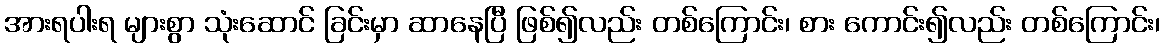
အားရပါးရ များစွာ သုံးဆောင် ခြင်းမှာ ဆာနေပြီ ဖြစ်၍လည်း တစ်ကြောင်း၊ စား ကောင်း၍လည်း တစ်ကြောင်း၊